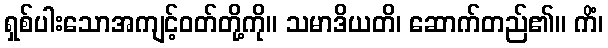
ရှစ်ပါးသောအကျင့်ဝတ်တို့ကို။ သမာဒိယတိ၊ ဆောက်တည်၏။ ကိံ၊